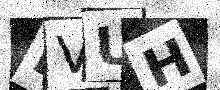
Text: LVUH